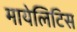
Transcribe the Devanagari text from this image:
मायेलिटिस